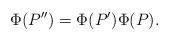
LaTeX: \begin{align*}\Phi(P'')=\Phi(P')\Phi(P).\end{align*}